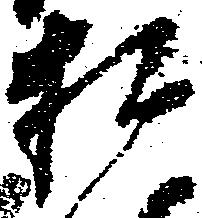
相